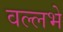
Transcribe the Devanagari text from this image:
वल्लभे